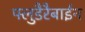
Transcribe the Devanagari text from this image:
फ्लुडैरैबाईन